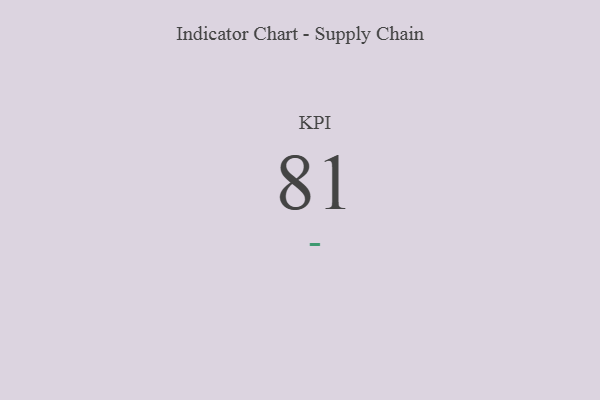
{"axis": {"x": "KPI", "y": "Value"}, "legend": [""], "data": [{"x": "KPI", "y": 81, "type": ""}]}